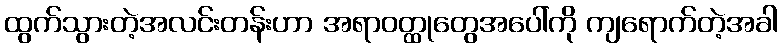
ထွက်သွားတဲ့အလင်းတန်းဟာ အရာဝတ္ထုတွေအပေါ်ကို ကျရောက်တဲ့အခါ